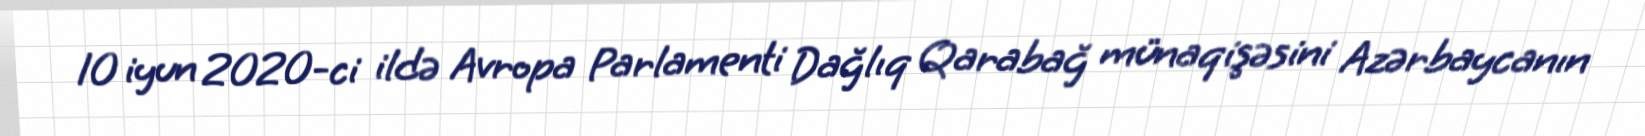
10 iyun 2020-ci ildə Avropa Parlamenti Dağlıq Qarabağ münaqişəsini Azərbaycanın